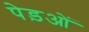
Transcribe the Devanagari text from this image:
पेड़ओं